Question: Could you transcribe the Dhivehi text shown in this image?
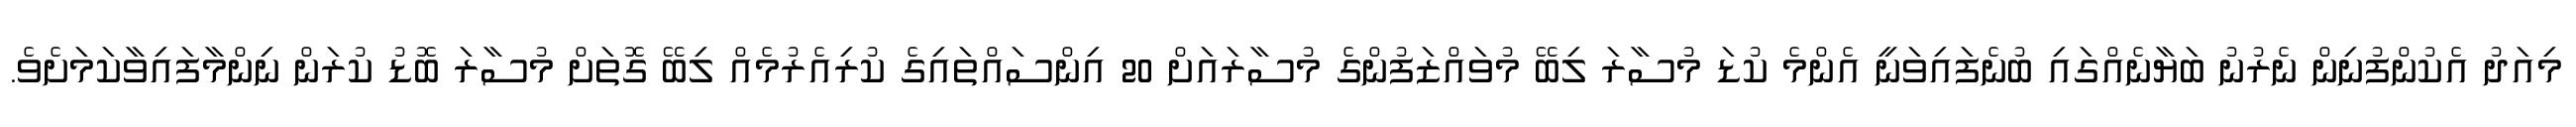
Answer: މިއަދު އެކުންފުނިން ނެރުނު ބަޔާނެއްގައި ބުނެފައިވަނީ އެންމެ ކުޑަ މުސާރަ ލިބޭ މުވައްޒަފުންގެ މުސާރައަށް 20 އިންސައްތައިގެ ކުރިއެރުމެއް ލިބޭ ގޮތަށް މުސާރަ ބޮޑު ކުރަން ނިންމާފައިވާކަމަށެވެ.